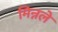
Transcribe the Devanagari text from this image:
मिन्नले